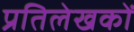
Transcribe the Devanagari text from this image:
प्रतिलेखकों